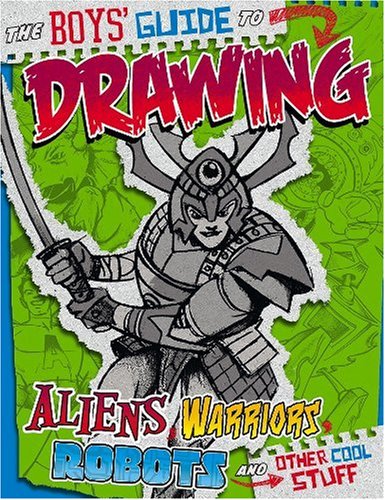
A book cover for Boys' Guide to Drawing (Drawing Cool Stuff); Aaron Sautter; Children's Books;